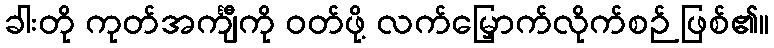
ခါးတို ကုတ်အင်္ကျီကို ဝတ်ဖို့ လက်မြှောက်လိုက်စဉ် ဖြစ်၏။